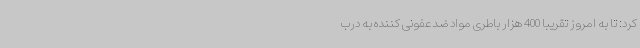
کرد:‌ تا به امروز تقریبا 400 هزار باطری مواد ضدعفونی کننده به درب